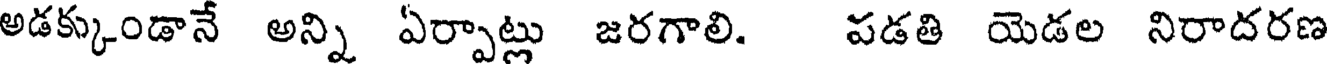
అడక్కుండానే అన్ని ఏర్పాట్లు జరగాలి. పడతి యెడల నిరాదరణ